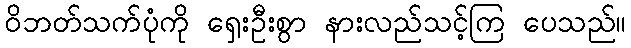
ဝိဘတ်သက်ပုံကို ရှေးဦးစွာ နားလည်သင့်ကြ ပေသည်။